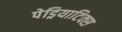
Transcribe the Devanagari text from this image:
पेड्रियाटिक्स